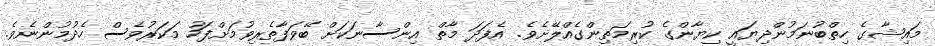
މައިޝާގެ ހިތްބުނަމުންދިޔައީ ކިޔާންގެ ކުރިމަތިންގެއްލޭށެވެ. އެފަދަ މާތް އިންސާނަކަށް ބޭވަފާތެރިވުމަށްފަހު މަކަރުވެސް ހެދުމުންނެވެ.